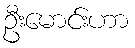
ဦးမောင်းဟာ